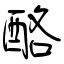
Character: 酪